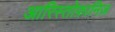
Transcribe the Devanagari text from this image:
आरिस्तोफ़ानिज़